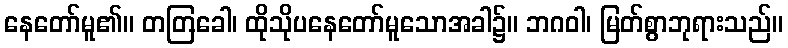
နေတော်မူ၏။ တတြခေါ၊ ထိုသိုပနေတော်မူသောအခါ၌။ ဘဂဝါ၊ မြတ်စွာဘုရားသည်။